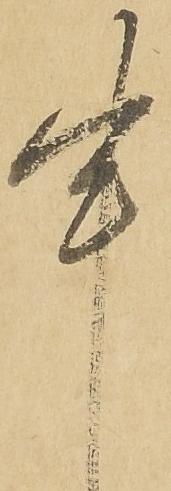
申